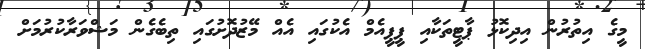
މީގެ އިތުރުން އިދިކޮޅު ޕާޓީތަކާއި ޕީޕީއެމް އެކުގައި އެއް މޭޒުދޮށުގައި ތިބެގެން މަޝްވަރާކުރުމަށް